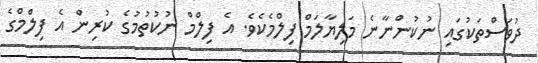
ދުވަސްތަކުގައި ނުކުންނާނެ މަލިޔާލަމް ފިލްމެކެވެ. އެ ފިލްމް ނުކުތުމުގެ ކުރިން އެ ފިލްމްގެ